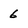
Character: 6